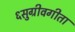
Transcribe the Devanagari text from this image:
६सुग्रीवगीता